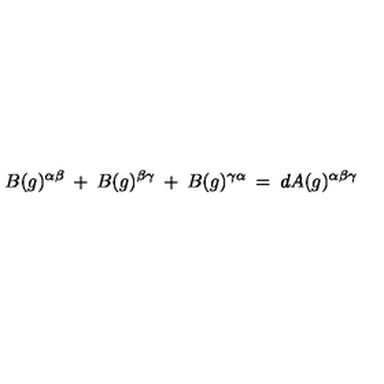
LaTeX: B ( g ) ^ { \alpha \beta } \: + \: B ( g ) ^ { \beta \gamma } \: + \: B ( g ) ^ { \gamma \alpha } \: = \: d A ( g ) ^ { \alpha \beta \gamma }